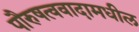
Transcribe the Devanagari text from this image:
पौरुषत्ववादामधील